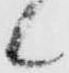
候